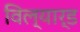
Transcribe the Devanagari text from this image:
विल्यार्ड